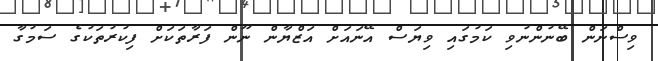
ވިސްނަން ބޭނުންނުވި ކަމުގައި ވިޔަސް އޭނައަށް އަޒްޔާން ނޫން ފަރާތަކަށް ފިކުރުތަކުގެ ސަމުގާ